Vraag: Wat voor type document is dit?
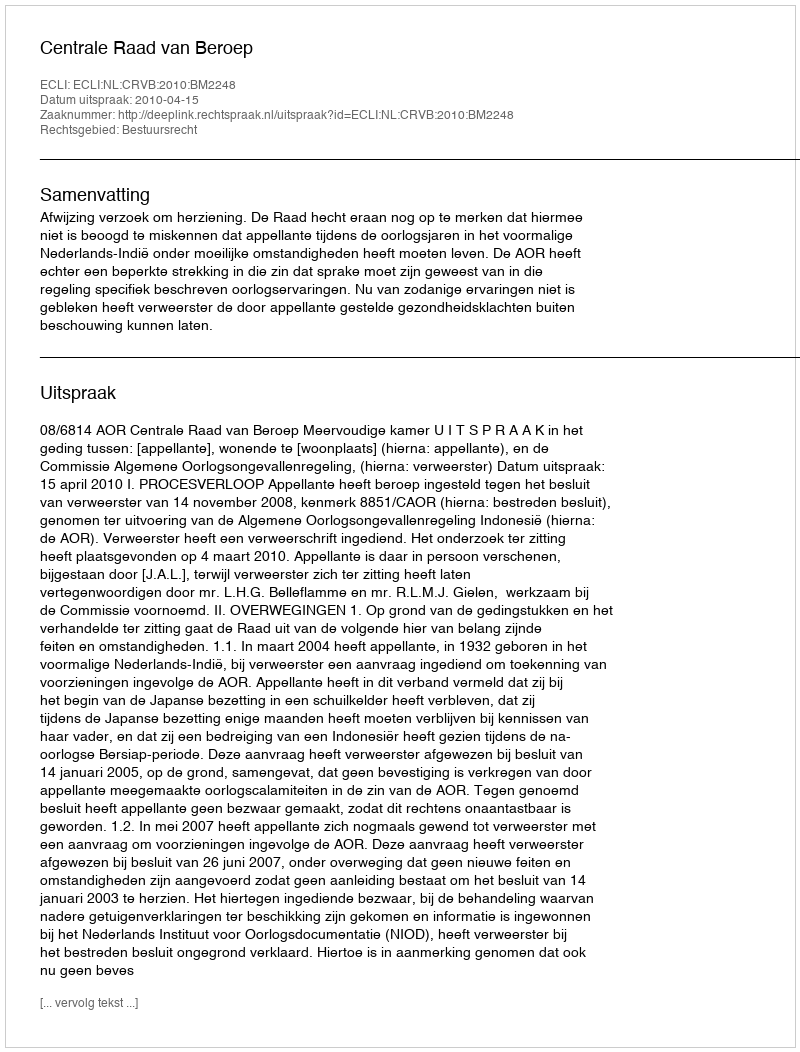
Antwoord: Uitspraak